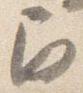
角